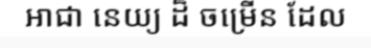
អាជា នេយ្យ ដ៏ ចម្រើន ដែល